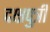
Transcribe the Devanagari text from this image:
दक्षपुत्री